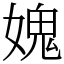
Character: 媿